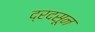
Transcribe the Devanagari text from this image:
द्रदसून